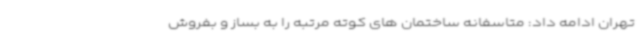
تهران ادامه داد: متاسفانه ساختمان های کوته مرتبه را به بساز و بفروش